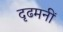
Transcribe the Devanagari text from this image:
दृढमनीं